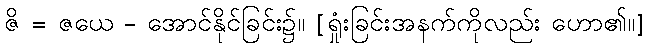
ဇိ = ဇယေ - အောင်နိုင်ခြင်း၌။ [ရှုံးခြင်းအနက်ကိုလည်း ဟော၏။]